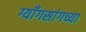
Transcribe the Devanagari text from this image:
ग्याँगसांगच्या